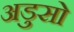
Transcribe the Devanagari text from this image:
अडुसो